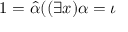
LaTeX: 1 = { \hat { \alpha } } ( ( \exists x ) \alpha = \iota